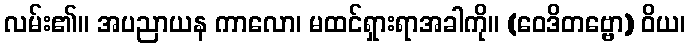
လမ်း၏။ အပညာယန ကာလော၊ မထင်ရှားရာအခါကို။ (ဝေဒိတဗ္ဗော) ဝိယ၊